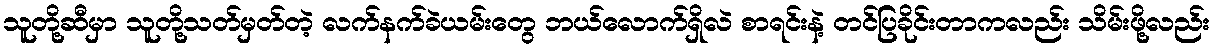
သူတို့ဆီမှာ သူတို့သတ်မှတ်တဲ့ လက်နက်ခဲယမ်းတွေ ဘယ်လောက်ရှိလဲ စာရင်းနဲ့ တင်ပြခိုင်းတာကလည်း သိမ်းဖို့လည်း